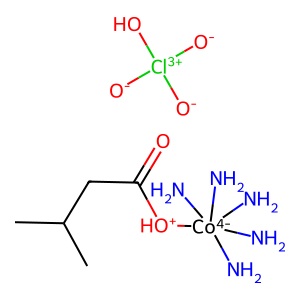
SMILES: CC(C)CC(=O)[OH+][Co-4](N)(N)(N)(N)N.[O-][Cl+3]([O-])([O-])O
Inhibits HIV replication: No